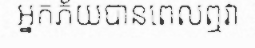
អ្នកភ័យបានពេលឮវា